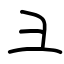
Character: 彐